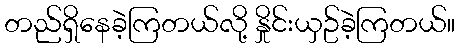
တည်ရှိနေခဲ့ကြတယ်လို့ နှိုင်းယှဥ်ခဲ့ကြတယ်။